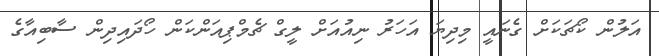
އަލުން ކޯޗަކަށް ގެނައީ މިދިޔަ އަހަރު ނިއުއަށް ލީގް ޗެމްޕިއަންކަން ހޯދައިދިން ސާބިއާގެ